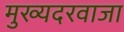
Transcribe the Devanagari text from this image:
मुख्यदरवाजा